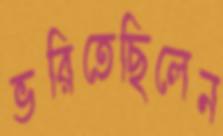
ভরিতেছিলেন